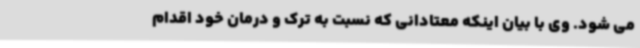
می شود. وی با بیان اینکه معتادانی که نسبت به ترک و درمان خود اقدام